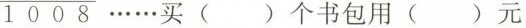
1008 ……买()个书包用()元